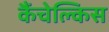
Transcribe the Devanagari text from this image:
कैंचेल्किस